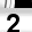
Digit: 2